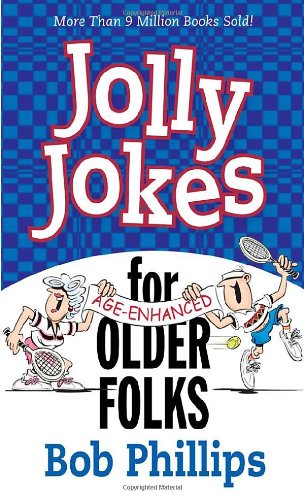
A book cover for Jolly Jokes for Older Folks; Bob Phillips; Humor & Entertainment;